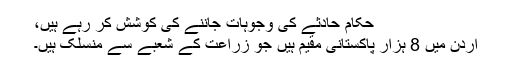
حکام حادثے کی وجوہات جاننے کی کوشش کر رہے ہیں،
اردن میں 8 ہزار پاکستانی مقیم ہیں جو زراعت کے شعبے سے منسلک ہیں۔